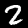
Digit: 2